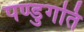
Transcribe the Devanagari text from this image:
पण्डुगति